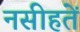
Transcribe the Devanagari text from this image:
नसीहतें